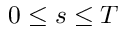
0 \le s \le T